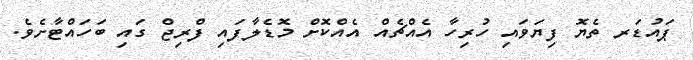
ޕައުޑަރ ތެޔޮ ފިޔަވައި ހުރިހާ އެއްޗެއް އެއްކޮށް މޮޑެލާފައި ފްރިޖް ގައި ބަހައްޓާށެވެ.